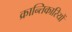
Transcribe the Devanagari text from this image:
क्रान्‍तिकारियों